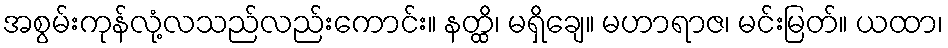
အစွမ်းကုန်လုံ့လသည်လည်းကောင်း။ နတ္ထိ၊ မရှိချေ။ မဟာရာဇ၊ မင်းမြတ်။ ယထာ၊